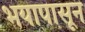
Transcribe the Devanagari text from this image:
भयापासून